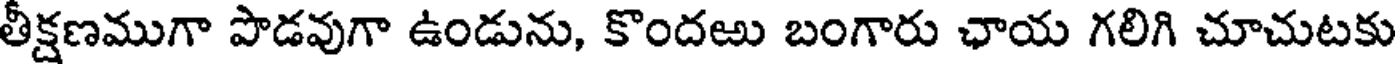
తీక్షణముగా పొడవుగా ఉండును, కొందఱు బంగారు ఛాయ గలిగి చూచుటకు